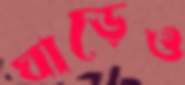
ঘাড়েও